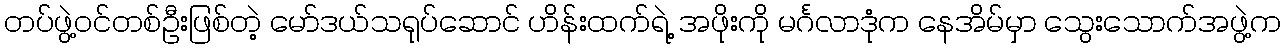
တပ်ဖွဲ့ဝင်တစ်ဦးဖြစ်တဲ့ မော်ဒယ်သရုပ်ဆောင် ဟိန်းထက်ရဲ့ အဖိုးကို မင်္ဂလာဒုံက နေအိမ်မှာ သွေးသောက်အဖွဲ့က